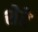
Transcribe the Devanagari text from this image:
शेरेे